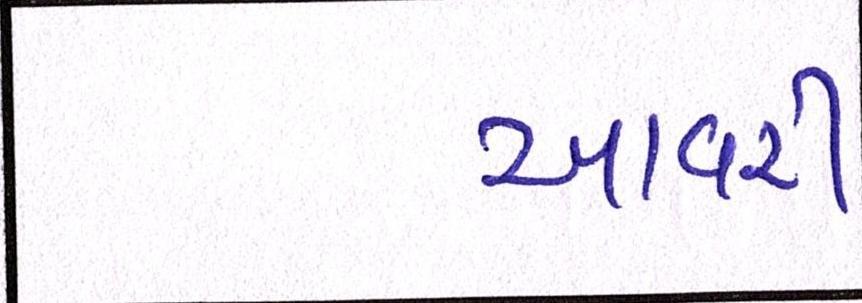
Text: આવરી